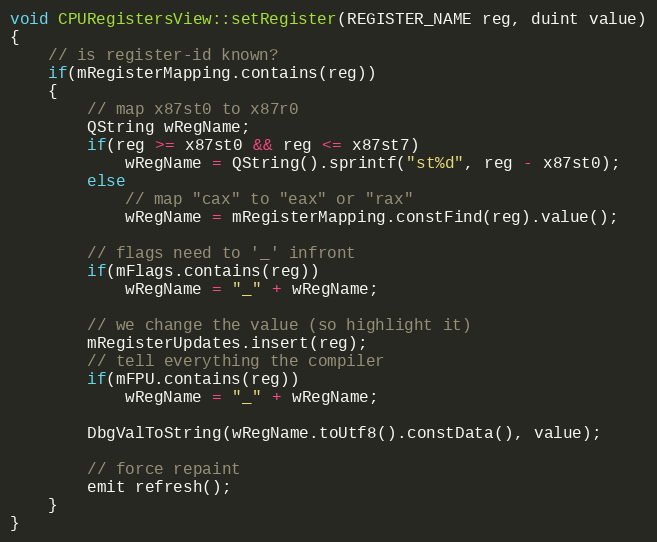
Language: C++
void CPURegistersView::setRegister(REGISTER_NAME reg, duint value)
{
    // is register-id known?
    if(mRegisterMapping.contains(reg))
    {
        // map x87st0 to x87r0
        QString wRegName;
        if(reg >= x87st0 && reg <= x87st7)
            wRegName = QString().sprintf("st%d", reg - x87st0);
        else
            // map "cax" to "eax" or "rax"
            wRegName = mRegisterMapping.constFind(reg).value();

        // flags need to '_' infront
        if(mFlags.contains(reg))
            wRegName = "_" + wRegName;

        // we change the value (so highlight it)
        mRegisterUpdates.insert(reg);
        // tell everything the compiler
        if(mFPU.contains(reg))
            wRegName = "_" + wRegName;

        DbgValToString(wRegName.toUtf8().constData(), value);

        // force repaint
        emit refresh();
    }
}